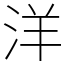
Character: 洋